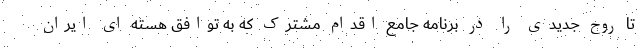
تا روح جدیدی را در برنامه جامع اقدام مشترک که به توافق هسته ای ایران